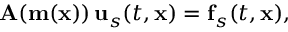
\mathbf { A } ( \mathbf { m } ( \mathbf { x } ) ) \, \mathbf { u } _ { s } ( t , \mathbf { x } ) = \mathbf { f } _ { s } ( t , \mathbf { x } ) ,